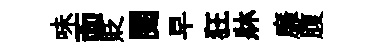
味靣貶閱早狂牀靡腹